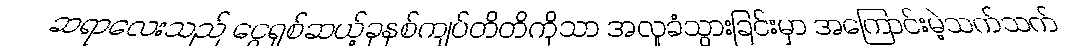
ဆရာလေးသည် ငွေရှစ်ဆယ့်ခုနစ်ကျပ်တိတိကိုသာ အလှုခံသွားခြင်းမှာ အကြောင်းမဲ့သက်သက်